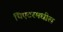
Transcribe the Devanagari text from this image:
थिएटरमधील